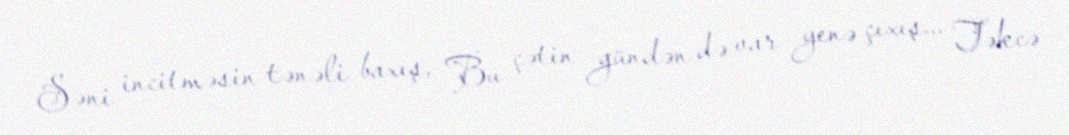
Səni incitməsin tənəli baxış, Bu çətin gündən də var yenə çıxış... Təkcə